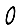
Digit: 0